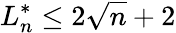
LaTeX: L_{n}^{*}\leq 2{\sqrt{n}}+2